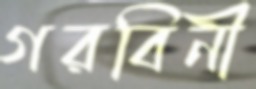
গরবিনী